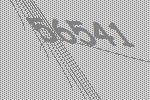
56541